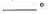
___。